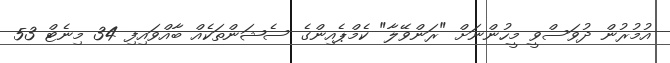
އުމުރުން ދުވަސްވީ މީހުންނަށް "ރަންވޭލާ" ކެމްޕެއިންގެ ސެޝަންތަކެއް ބާއްވައިފި 34 މިނެޓް 53